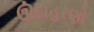
ઊદાહરણો